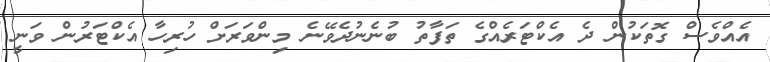
އެއްވެސް ގޮތަކުން ދެ އެކްޓަރެއްގެ ތަފާތު ބުނެނުދެވޭނެ މިންވަރަށް ހުރިހާ އެކްޓަރުން ވަނީ